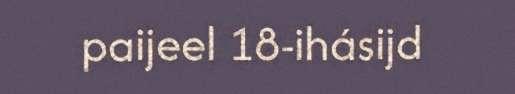
paijeel 18-ihásijd